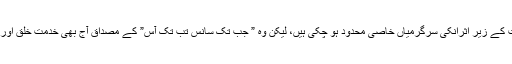
انکی طویل علالت، ناسازئی طبع اورحالات کے زیر اثرانکی سرگرمیاں خاصی محدود ہو چکی ہیں، لیکن وہ ” جب تک سانس تب تک آس” کے مصداق آج بھی خدمت خلق اور تقریبات میں مصروف عمل نظر آتے ہیں۔